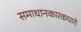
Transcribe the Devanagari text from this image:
समाधानकारकपणे